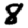
Digit: 8